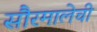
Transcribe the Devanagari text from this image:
सौरमालेची